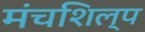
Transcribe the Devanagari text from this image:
मंचशिल्प